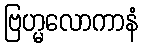
ဗြဟ္မလောကာနံ